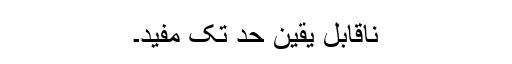
ناقابل یقین حد تک مفید۔